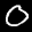
Label: 0